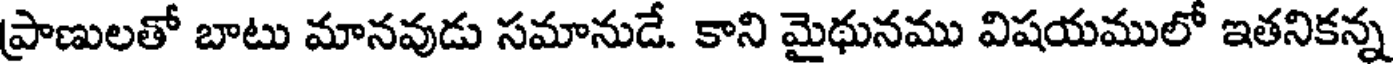
ప్రాణులతో బాటు మానవుడు సమానుడే. కాని మైథునము విషయములో ఇతనికన్న